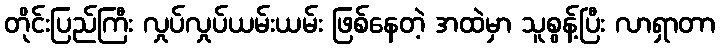
တိုင်းပြည်ကြီး လှုပ်လှုပ်ယမ်းယမ်း ဖြစ်နေတဲ့ အထဲမှာ သူစွန့်ပြီး လာရှာတာ